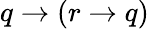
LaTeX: q\to(r\to q)